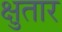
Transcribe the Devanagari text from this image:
क्षुतार